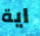
اية